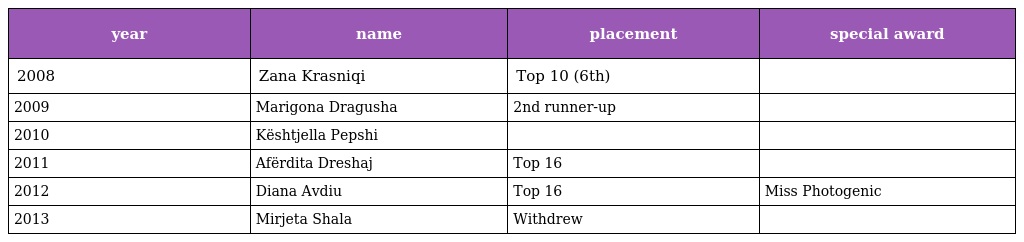
| year | name | placement | special award |
 | --- | --- | --- | --- |
 | 2008 | Zana Krasniqi | Top 10 (6th) |  |
 | 2009 | Marigona Dragusha | 2nd runner-up |  |
 | 2010 | Kështjella Pepshi |  |  |
 | 2011 | Afërdita Dreshaj | Top 16 |  |
 | 2012 | Diana Avdiu | Top 16 | Miss Photogenic |
 | 2013 | Mirjeta Shala | Withdrew |  |